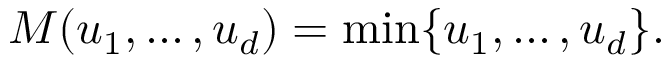
M ( u _ { 1 } , \ldots , u _ { d } ) = \operatorname* { m i n } \{ u _ { 1 } , \dots , u _ { d } \} .